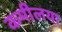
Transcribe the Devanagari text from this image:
कमीलया